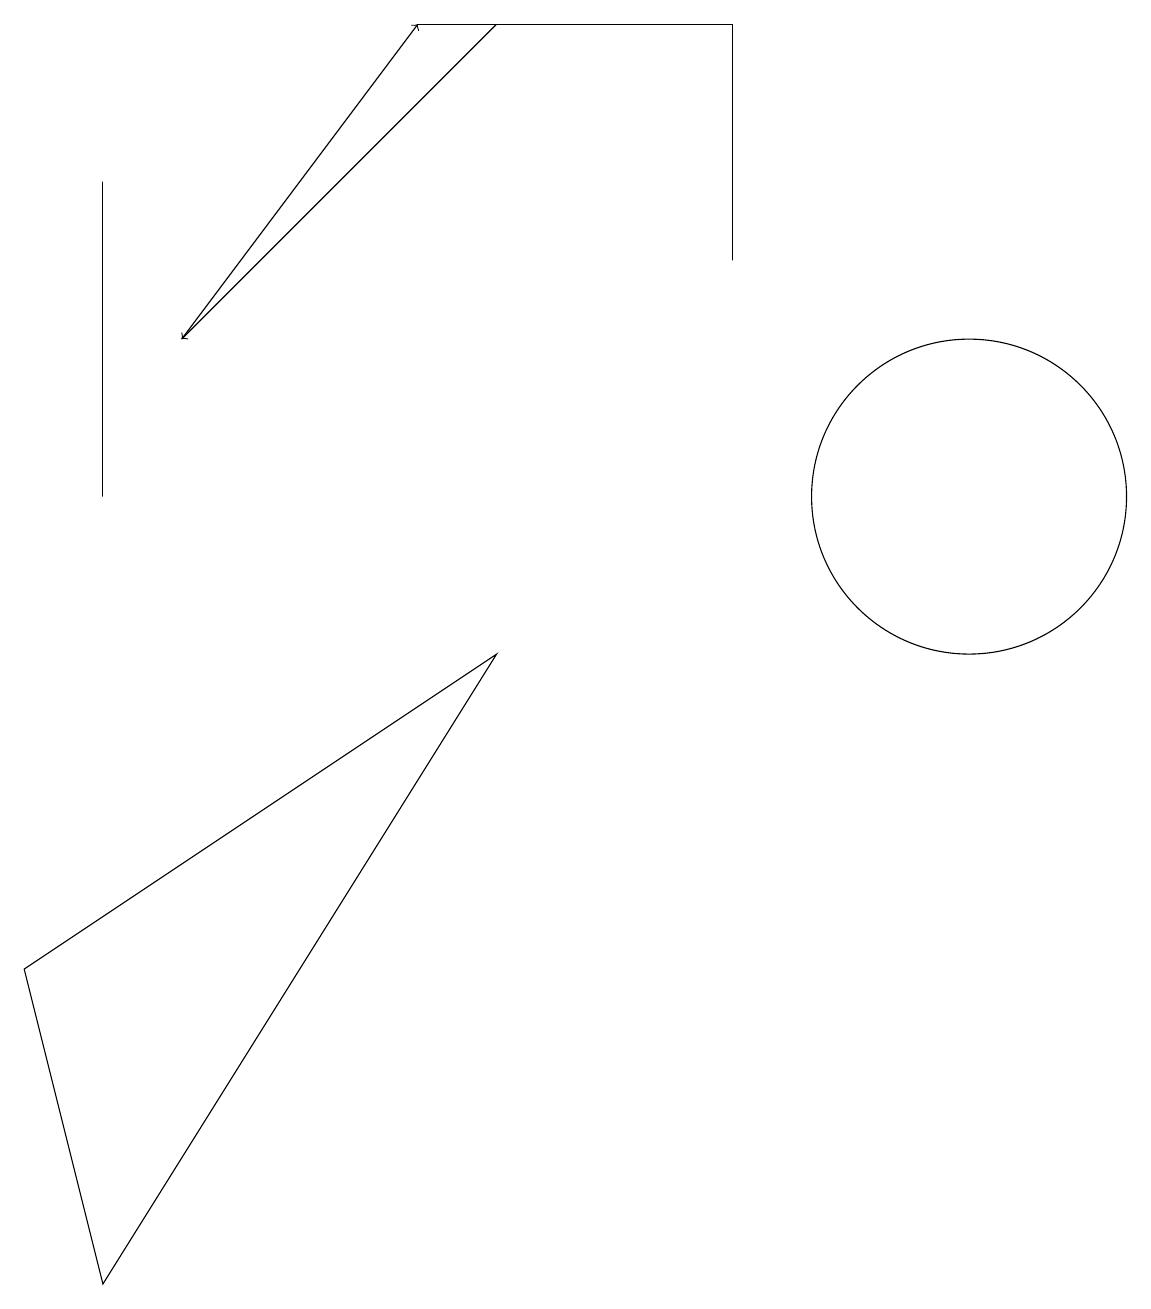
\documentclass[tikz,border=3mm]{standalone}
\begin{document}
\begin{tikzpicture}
\draw[->] (6,16) -- (2,12);
\draw[->] (2,12) -- (5,16);
\draw (6,8) -- (1,0) -- (0,4) -- cycle;
\draw (12,10) circle (2);
\draw (1,10) rectangle (1,14);
\draw (9,16) rectangle (5,16);
\draw (9,13) rectangle (9,16);
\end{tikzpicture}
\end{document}